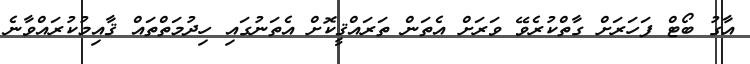
އާގު ބޯޓް ފަހަރަށް ގާތްކުރެވޭ ވަރަށް އެތަން ތަރައްޤީކޮށް އެތަނުގައި ހިދުމަތްތައް ޤާއިމުކުރައްވާނެ